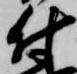
付